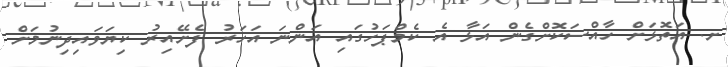
ށ. އަތޮޅަށް ހާއްސަކޮށްގެން އަޅާ އެ ކެމްޕަހުގައި އަންނަ އަހަރު ފެށޭއިރު ކިޔަވައިދިނުމަށް